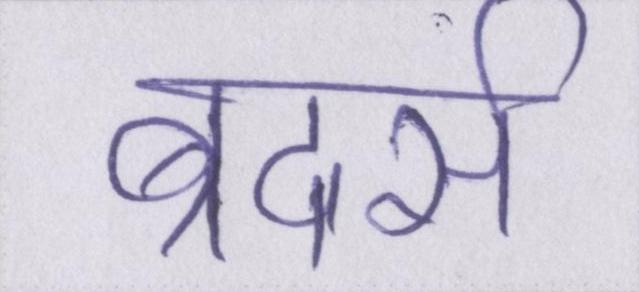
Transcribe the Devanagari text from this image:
ब्रदर्स